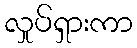
လှုပ်ရှားကာ